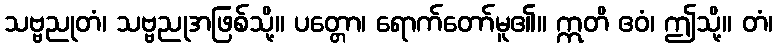
သဗ္ဗညုတံ၊ သဗ္ဗညုအဖြစ်သို့။ ပတ္တော၊ ရောက်တော်မူ၏။ ဣတိ ဧဝံ၊ ဤသို့။ တံ၊